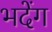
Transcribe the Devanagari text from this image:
भदेंग